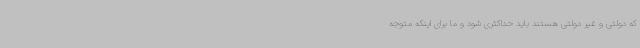
که دولتی و غیر دولتی هستند باید حداکثری شود و ما برای اینکه متوجه